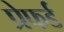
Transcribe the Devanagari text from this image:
प्रेफर्ड